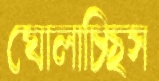
ঘোলাচ্ছিস